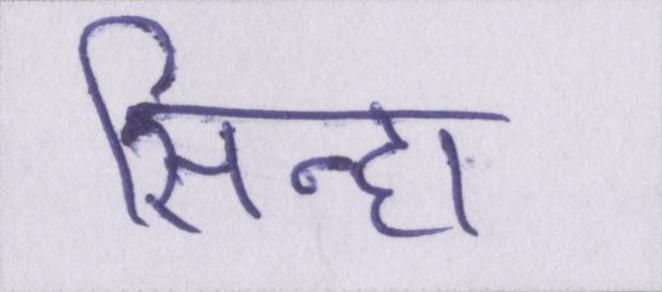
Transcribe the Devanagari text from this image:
सिन्हा